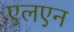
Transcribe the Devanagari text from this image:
एलएन